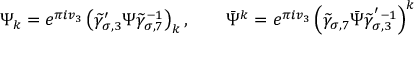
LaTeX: \Psi _ { k } = e ^ { \pi i v _ { 3 } } \left( \widetilde { \gamma } _ { \sigma , 3 } ^ { \prime } \Psi \widetilde { \gamma } _ { \sigma , 7 } ^ { - 1 } \right) _ { k } , \quad \quad \bar { \Psi } ^ { k } = e ^ { \pi i v _ { 3 } } \left( \widetilde { \gamma } _ { \sigma , 7 } \bar { \Psi } \widetilde { \gamma } _ { \sigma , 3 } ^ { ' - 1 } \right) ^ { k }